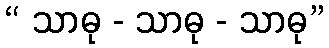
“ သာဓု - သာဓု - သာဓု”